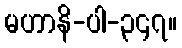
မဟာနိ-ပါ-၃၄၇။